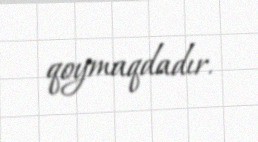
qoymaqdadır.